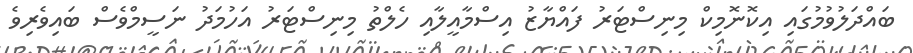
ބައްދަލުވުމުގައި އިކޮނޮމިކް މިނިސްޓަރު ފައްޔާޒު އިސްމާއީލާއި ހެލްތު މިނިސްޓަރު އަހުމަދު ނަސީމްވެސް ބައިވެރިވެ